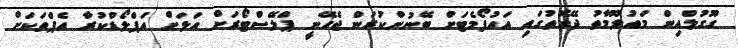
ގޫގުލްއިން މައުލޫމާތު ދޭގޮތުގައި އައުފޯމެޓަށް ބޭނުންކުރަން ޖެހޭނީ ޕްލޭސްޓޯރަށް އަލަށް އަޕްލޯޑްކުރާ އެޕްތަކަށް